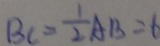
B C = \frac { 1 } { 2 } A B = 6